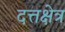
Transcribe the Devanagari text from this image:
दत्तक्षेत्र